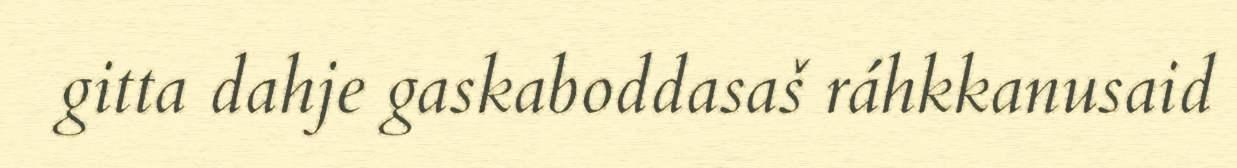
gitta dahje gaskaboddasaš ráhkkanusaid